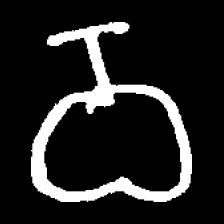
Pyu character \u2014 Myanmar letter: ဝ (romanized: wa)